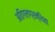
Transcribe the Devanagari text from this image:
अतिगलग्रन्थिता